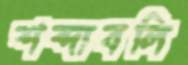
শব্দাবলি